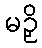
မဉှိ